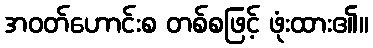
အဝတ်ဟောင်းစ တစ်စဖြင့် ဖုံးထား၏။